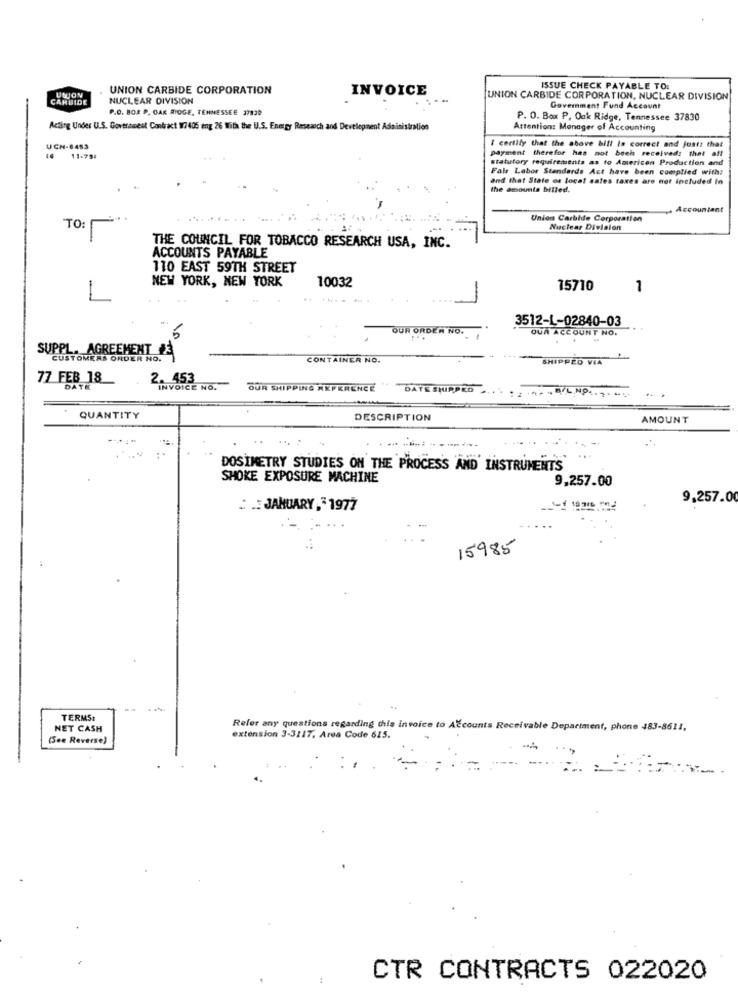
USJON
UNION CARBIDE CORPORATION
INVOICE
ISSUE CHECK PAYABLE TO.
CARBIDE
NUCLEAR DIVISION
UNION CARBIDE CORPORATION, NUCLEAR DIVISION
P.O. BOX P. OAK RIDGE, TENNESSEE 37820
Government Fund Account
P. O. Box P, Oak Ridge, Tennessee 37830
Acting Under U.S. Government Contract W7405 eng 26 With the UJ.S. Energy Research and Development Administration
Attention: Manager of Accounting
I certify that the above bill Is correct and jontz that
UCH-6453
payment therefor has not bech received: thet aff
11-79:
statutory requirements as to American Production and
Fals Labor Standards Act have been complied with:
and that State os local sales taxes are not included in
the amounts billed.
Accountant
Union Carbide Corporation
TO:
Nuclear Division
THE COUNCIL FOR TOBACCO RESEARCH USA, INC.
ACCOUNTS PAYABLE
110 EAST 59TH STREET
NEW YORK, NEW YORK
10032
15710
1
1
3512-1-02840-03
OUR ORDER NO.
OUR ACCOUNT NO.
5
SUPPL. AGREEMENT
CUSTOMERS ORDER NO.
CONTAINER NO.
SHIPPED VIA
77 FEB 18
2. 453
DATE
INVOICE NO.
OUR SHIPPING REFERENCE
DATE SHIPPRO.
A. - B/L.NO ....
QUANTITY
DESCRIPTION
AMOUNT
DOSIMETRY STUDIES ON THE PROCESS AND INSTRUMENTS
SHOKE EXPOSURE MACHINE
9,257.00
9,257.00
: .: JANUARY,31977
15985
TERMS:
NET CASH
Refer any questions regarding this invoice to Accounts Receivable Department, phone 483-8611.
(See Reverse)
extension 3-3117, Area Code 625.
CTR CONTRACTS 022020